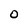
Character: O